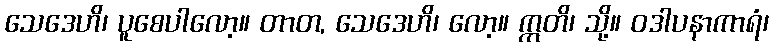
သေဒေဟိ၊ ပူစေပါလော့။ တာတ, သေဒေဟိ၊ လော့။ ဣတိ၊ သို့။ ဝဒါပနာကာရံ၊